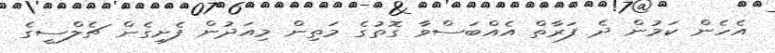
އެހެން ކަމުން ދެ ފަރާތް އެއްބަސްވާ ގޮތުގެ މަތިން މިއަދުން ފެށިގެން ޗެލްސީގެ